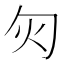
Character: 灳